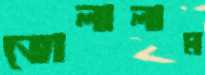
ভোলালাম